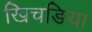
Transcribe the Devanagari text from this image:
खिचङिया